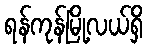
ရန်ကုန်မြို့လယ်ရှိ